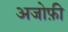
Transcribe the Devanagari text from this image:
अजोफ़ी